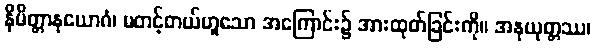
နိမိတ္တာနုယောဂံ၊ မတင့်တယ်ဟူသော အကြောင်း၌ အားထုတ်ခြင်းကို။ အနုယုတ္တဿ၊